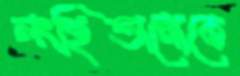
লংহিতানোকে